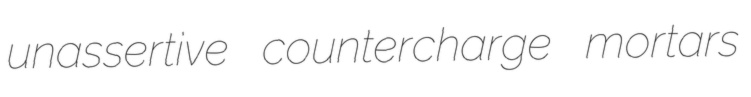
unassertive countercharge mortars